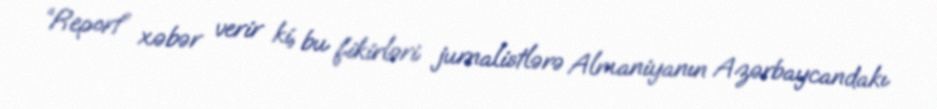
“Report” xəbər verir ki, bu fikirləri jurnalistlərə Almaniyanın Azərbaycandakı